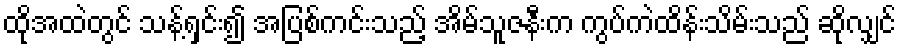
ထိုအထဲတွင် သန့်ရှင်း၍ အပြစ်ကင်းသည့် အိမ်သူဇနီးက ကွပ်ကဲထိန်းသိမ်းသည် ဆိုလျှင်